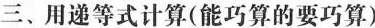
三、用递等式计算(能巧算的要巧算)